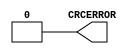
///////////////////////////////////////////////////////
//  Copyright (c) 2008 Xilinx Inc.
//  All Right Reserved.
///////////////////////////////////////////////////////
//
//   ____   ___
//  /   /\/   / 
// /___/  \  /     Vendor      : Xilinx 
// \  \    \/      Version     : 12.i 
//  \  \           Description : 
//  /  /                      
// /__/   /\       Filename    : X_POST_CRC_INTERNAL.v
// \  \  /  \ 
//  \__\/\__ \                    
//                                 
//  Revision:		1.0
///////////////////////////////////////////////////////

`timescale 1 ps / 1 ps 

module X_POST_CRC_INTERNAL (
  CRCERROR
);

  output CRCERROR;
 
  assign CRCERROR = 0;


endmodule